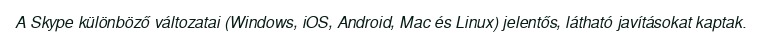
A Skype különböző változatai (Windows, iOS, Android, Mac és Linux) jelentős, látható javításokat kaptak.